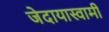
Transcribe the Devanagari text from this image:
जेदायास्वामी